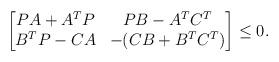
LaTeX: \begin{align*}\begin{bmatrix}PA+A^{T}P & PB-A^{T}C^{T} \\B^{T}P-CA & -(CB+B^{T}C^{T})\end{bmatrix}\leq 0.\end{align*}